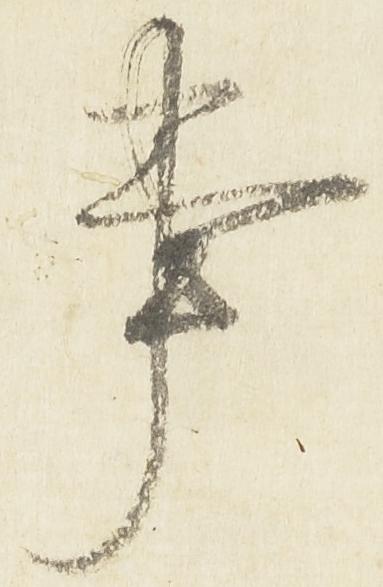
事